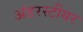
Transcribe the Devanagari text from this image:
अंडरस्टीयर